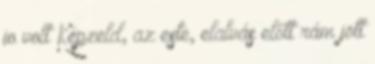
jo volt Képzeld, az este, elalvás előtt rám jött